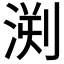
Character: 𣷬